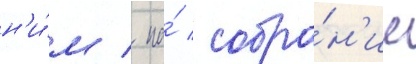
н'и́м / на́ собра́н'ие